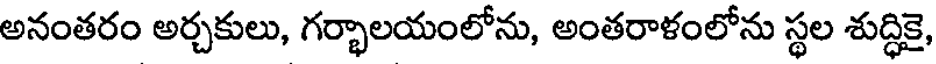
అనంతరం అర్చకులు, గర్భాలయంలోను, అంతరాళంలోను స్థల శుద్ధికై,